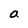
Character: a